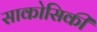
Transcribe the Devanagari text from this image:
साकोसिकी